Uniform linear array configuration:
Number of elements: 24
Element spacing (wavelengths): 1
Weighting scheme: uniform
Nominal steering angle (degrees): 15
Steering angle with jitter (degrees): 16.834
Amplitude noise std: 0.05
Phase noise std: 0.05

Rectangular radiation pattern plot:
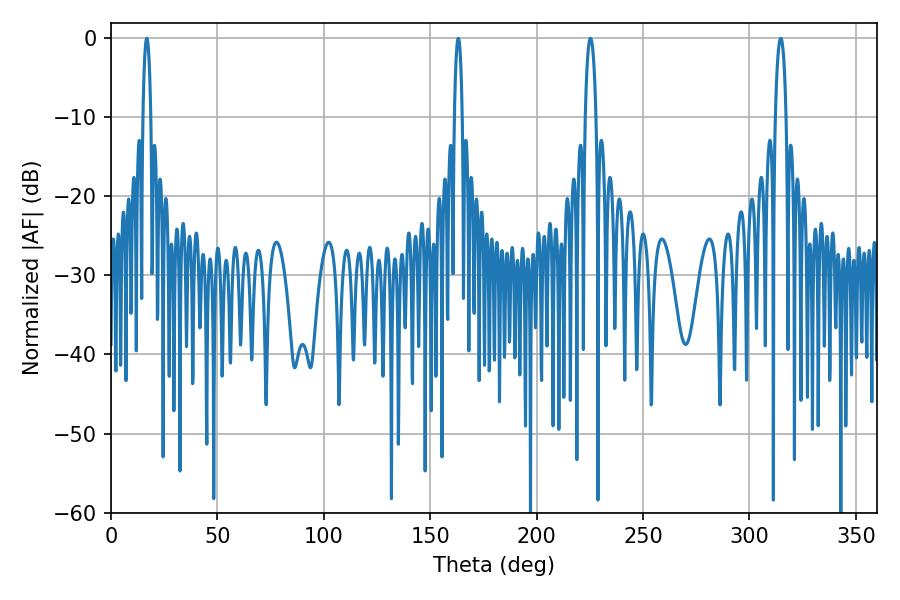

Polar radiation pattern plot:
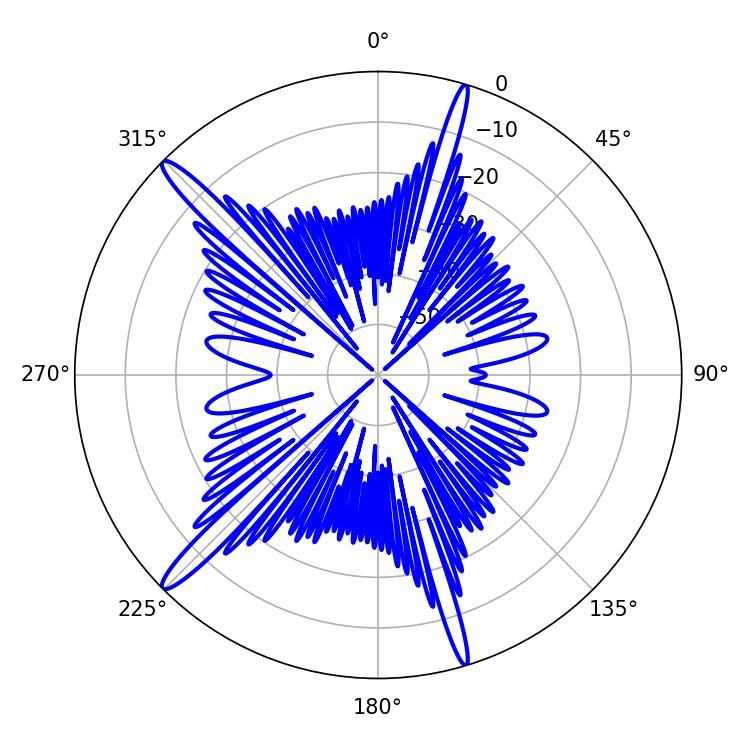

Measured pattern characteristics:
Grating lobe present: TRUE
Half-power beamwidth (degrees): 2.88
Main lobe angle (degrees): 225.36